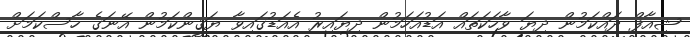
ޝިއާފް ދައްކަމުން ދިޔަ ވާހަކަތައް އަޑުއަހަމުން ދިޔައިރު އެއަޑުގައިވާ ޔަޤީންކަމުން އޭނަގެ ހާސްކަމަށް